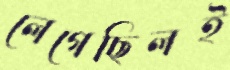
লেগেছিলই